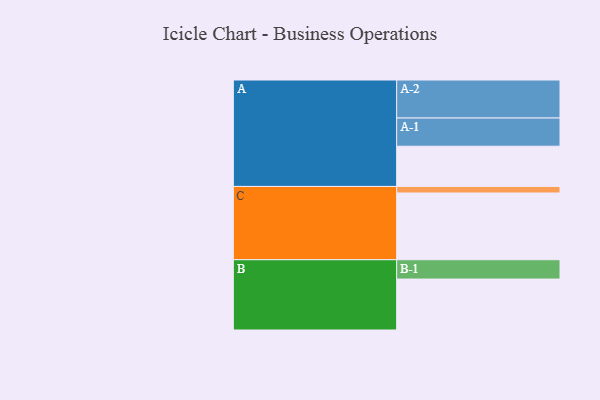
{"axis": {"x": "Segment", "y": "Value"}, "legend": ["", "A", "B", "C"], "data": [{"x": "A", "y": 308, "type": ""}, {"x": "B", "y": 390, "type": ""}, {"x": "C", "y": 511, "type": ""}, {"x": "A-1", "y": 216, "type": "A"}, {"x": "A-2", "y": 291, "type": "A"}, {"x": "B-1", "y": 148, "type": "B"}, {"x": "C-1", "y": 50, "type": "C"}]}